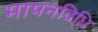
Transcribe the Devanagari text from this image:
मापनविधि